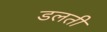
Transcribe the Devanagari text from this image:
डलती